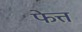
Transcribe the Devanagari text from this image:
फेत्त